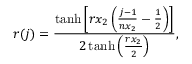
r ( j ) = \frac { \operatorname { t a n h } \left[ r x _ { 2 } \left( \frac { j - 1 } { n x _ { 2 } } - \frac { 1 } { 2 } \right) \right] } { 2 \operatorname { t a n h } \left( \frac { r x _ { 2 } } { 2 } \right) } ,